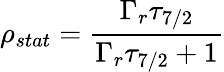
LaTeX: \rho_{stat}={\frac{\Gamma_{r}\tau_{7/2}}{\Gamma_{r}\tau_{7/2}+1}}